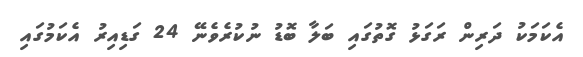
އެކަމަކު ދަރިން ރަގަޅު ގޮތުގައި ބަލާ ބޮޑު ނުކުރެވެނޭ 24 ގަޑިއިރު އެކަމުގައި